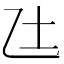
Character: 𫡢